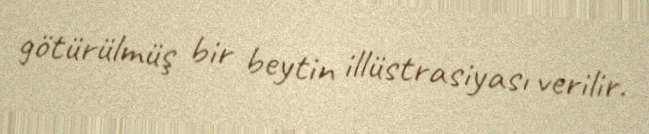
götürülmüş bir beytin illüstrasiyası verilir.